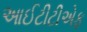
આઈટીટીએફ